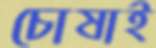
চোষাই